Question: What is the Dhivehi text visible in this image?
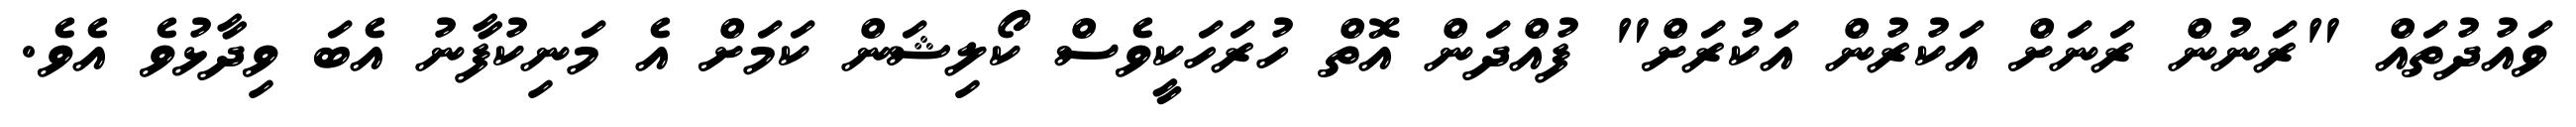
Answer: ވައުދުތައް "ރަނުން ރަނަށް އަކުރުން އަކުރަށް" ފުއްދަން އޮތް ހުރަހަކީވެސް ކޯލިޝަން ކަމަށް އެ މަނިކުފާނު އެބަ ވިދާޅުވެ އެވެ.